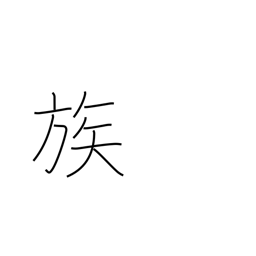
Meaning: tribe